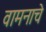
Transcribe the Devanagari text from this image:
वामनाचे